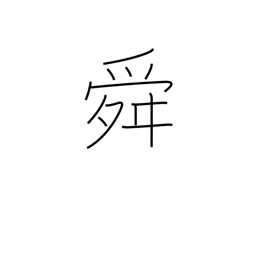
Meaning: rose of Sharon